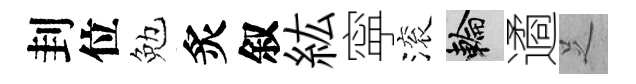
刲位勉炙叙紘寜滚輪遹𠯁